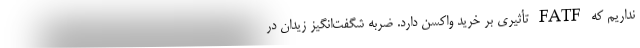
نداریم که FATF تأثیری بر خرید واکسن دارد. ضربه شگفت‌انگیز زیدان در